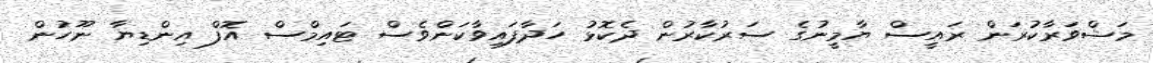
މަޝްވަރާކުރަން ރައީސް ޔާމީނުގެ ސަރުކާރުން ދެކޮޅު ހަދާފައިވާކަންވެސް ޓައިމްސް އޮފް އިންޑިޔާ ނޫހުން